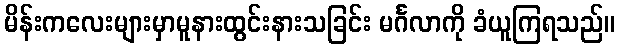
မိန်းကလေးများမှာမူနားထွင်းနားသခြင်း မင်္ဂလာကို ခံယူကြရသည်။